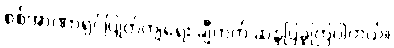
စစ်အာဏာရှင်ပြုတ်ကျရေး ချီတက် ဆန္ဒပြခဲ့ကြပါတယ်။